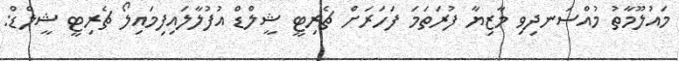
މައުލޫމާތު މުއްސަނދިވި މާޒިޔާ ފުރަތަމަ ފަހަރަށް ޗެރިޓީ ޝީލްޑް އުފުލާލައިފިމައިލޯ ޗެރިޓީ ޝީލްޑް: